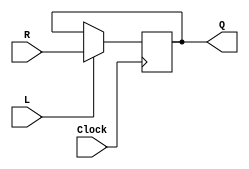
module regn (R, L, Clock, Q);
parameter n = 8;
input [n-1:0] R;
input L, Clock;
output [n-1:0] Q;
reg [n-1:0] Q;
always @(posedge Clock)
if (L)
Q <= R;
endmodule